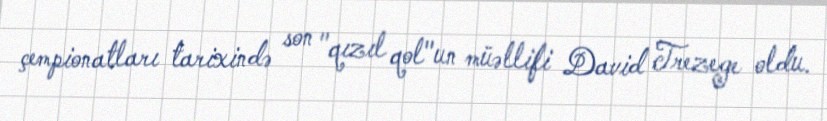
çempionatları tarixində son "qızıl qol"un müəllifi David Trezege oldu.